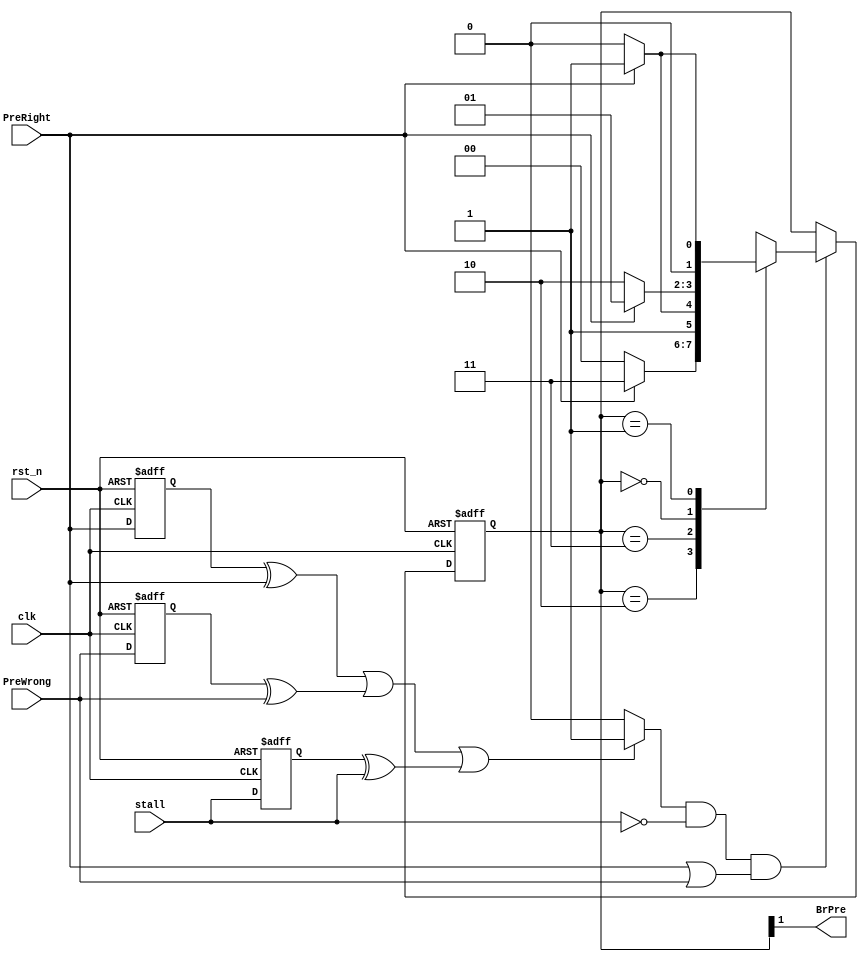
module PredictionUnit(
	BrPre,
	clk,
	rst_n,
	stall,
	PreWrong,
	PreRight
);
	
	output BrPre;
	input clk, rst_n;
	input stall;
	input PreWrong;
	input PreRight;
	
	// reg, wire
	parameter Taken1 = 2'b10; 
	parameter Taken2 = 2'b11; 
	parameter NonTaken1 = 2'b00; 
	parameter NonTaken2 = 2'b01; 
	
	reg [1:0] state_r, state_w;
	reg last_PreRight_r, last_preWrong_r, last_stall_r;
	wire Change;
	
	assign Change = ((last_PreRight_r^PreRight) || (last_preWrong_r^PreWrong) || (last_stall_r^stall)) ? 1'b1 : 1'b0 ;
	
	assign BrPre = state_r[1];
	// combinational
	always@(*) begin
		//if(stall) state_w = state_r;
		if(Change && ~stall && (PreRight|PreWrong)) begin
			case(state_r)
				Taken1: begin
					if(PreRight) state_w = Taken2;
					else state_w = NonTaken1;
				end
				Taken2: begin
					if(PreRight) state_w = Taken2;
					else state_w = Taken1;
				end
				NonTaken1: begin
					if(PreRight) state_w = NonTaken2;
					else state_w = Taken1;
				end
				NonTaken2: begin
					if(PreRight) state_w = NonTaken2;
					else state_w = NonTaken1;
				end
			endcase
		end else state_w = state_r;
	end
	
	// sequential
	always@(posedge clk or negedge rst_n) begin
		if(~rst_n) begin
			state_r <= 0;
			last_PreRight_r <= 0;
			last_preWrong_r <= 0;
			last_stall_r <= 0;
		end else begin
			state_r <= state_w;
			last_PreRight_r <= PreRight;
			last_preWrong_r <= PreWrong;
			last_stall_r <= stall;
		end
	end



endmodule